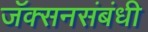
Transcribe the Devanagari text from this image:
जॅक्सनसंबंधी